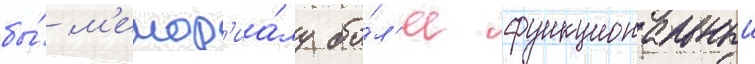
бы́ м'емор'иа́лу бо́л'ее функциональныи